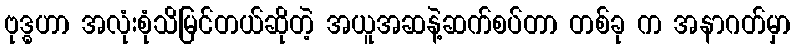
ဗုဒ္ဓဟာ အလုံးစုံသိမြင်တယ်ဆိုတဲ့ အယူအဆနဲ့ဆက်စပ်တာ တစ်ခု က အနာဂတ်မှာ